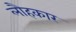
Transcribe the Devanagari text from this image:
लौहकार